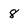
Character: 8